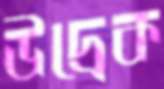
উদ্রেক